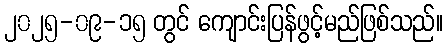
၂၀၂၅-၀၉-၁၅ တွင် ကျောင်းပြန်ဖွင့်မည်ဖြစ်သည်။